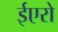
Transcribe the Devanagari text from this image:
ईएरो